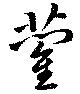
藺